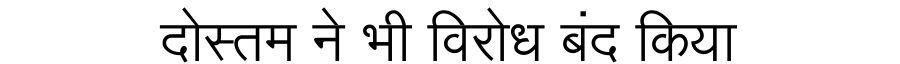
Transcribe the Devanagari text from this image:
दोस्तम ने भी विरोध बंद किया